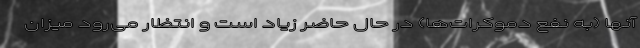
آنها (به نفع دموکرات‌ها) در حال حاضر زیاد است و انتظار می‌رود میزان